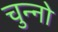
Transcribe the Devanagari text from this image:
चुन्नो